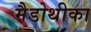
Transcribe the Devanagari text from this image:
मैडोथीका